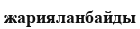
жарияланбайды